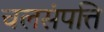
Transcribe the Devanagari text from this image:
चलसंपत्ति